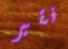
فقير